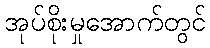
အုပ်စိုးမှုအောက်တွင်